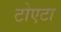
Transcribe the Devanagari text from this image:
टोएटा